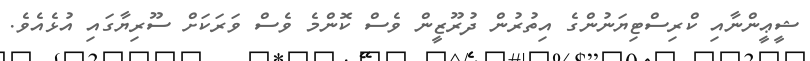
ޝީޢީންނާއި ކްރިސްޓިޔަނުުންގެ އިތުރުން ދުރޫޒީން ވެސް ކޮންމެ ވެސް ވަރަކަށް ސޫރިޔާގައި އުޅެއެވެ.